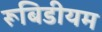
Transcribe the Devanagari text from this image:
रूबिडीयम